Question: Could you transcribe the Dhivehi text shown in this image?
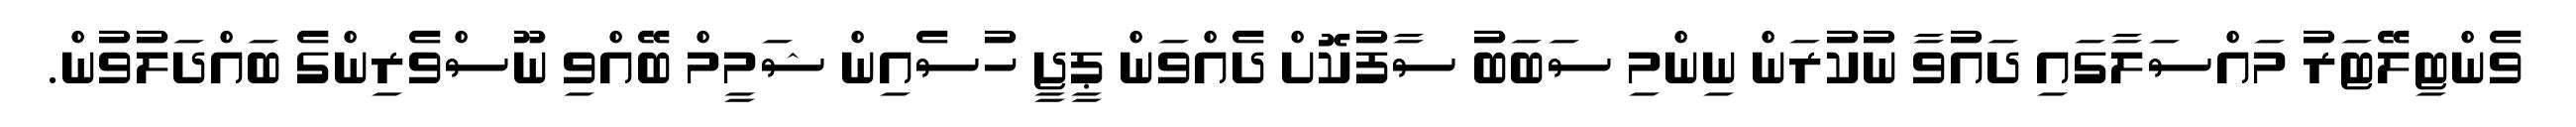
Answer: ވެންޓިލޭޓަރު މައްސަލާގައި ދައުވާ ނުކުރަން ނިންމި ސަބަބު ސާފުކޮށް ދެއްވަން ޕީޖީ ހުސެއިން ޝަމީމް ބޭއްވި ނޫސްވެރިންގެ ބައްދަލުވުން.